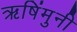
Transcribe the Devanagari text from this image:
ऋषिंमुनी